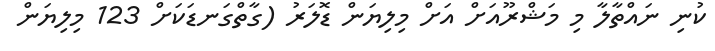
ކުނި ނައްތާލާ މި މަޝްރޫއަށް އަށް މިލިޔަން ޑޮލަރު (ގާތްގަނޑަކަށް 123 މިލިޔަން